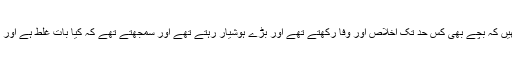
اب یہ دیکھیں کہ بچے بھی کس حد تک اخلاص اور وفا رکھتے تھے اور بڑے ہوشیار رہتے تھے اور سمجھتے تھے کہ کیا بات غلط ہے اور کیا صحیح۔